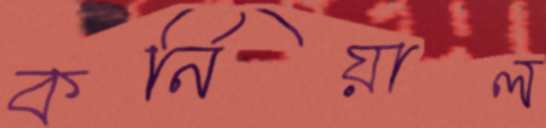
কর্নিয়াল